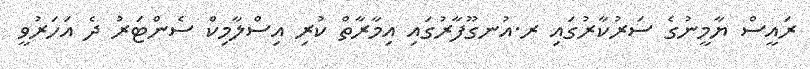
ރައީސް ޔާމީނުގެ ސަރުކާރުގައި ރ.އުނގޫފާރުގައި އިމާރާތް ކުރި އިސްލާމިކް ސެންޓަރު ދެ އަހަރުވީ